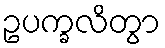
ဥပက္ခလိတွာ